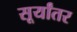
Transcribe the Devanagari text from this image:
सूर्यांतर